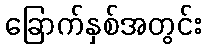
ခြောက်နှစ်အတွင်း